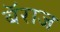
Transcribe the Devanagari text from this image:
बॅराज